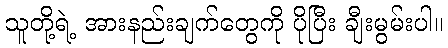
သူတို့ရဲ့ အားနည်းချက်တွေကို ပိုပြီး ချီးမွမ်းပါ။